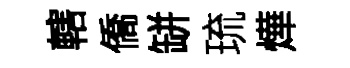
轄僑缾琉燁